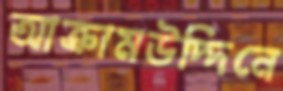
আক্রামউদ্দিনে